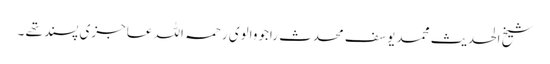
شیخ الحدیث محمد یوسف محدث راجووالوی رحمہ اللہ عاجزی پسند تھے ۔